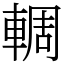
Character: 輖